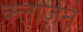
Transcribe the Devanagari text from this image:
क्लोजेने